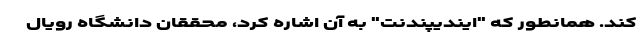
کند. همانطور که "ایندیپندنت" به آن اشاره کرد، محققان دانشگاه رویال